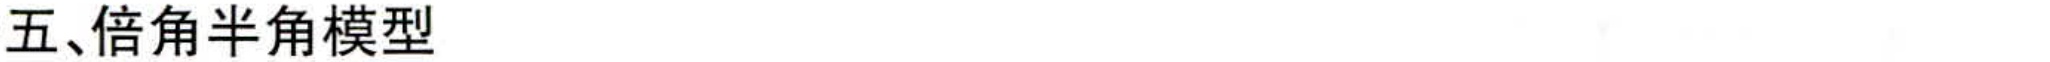
五、倍角半角模型